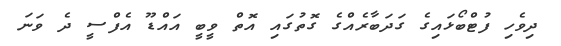
ދިވެހި ފުޓްބޯޅައިގެ ގަދަބާރެއްގެ ގޮތުގައި އޮތް ވީބީ އައްޑޫ އެފްސީ ދެ ވަނަ